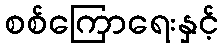
စစ်ကြောရေးနှင့်